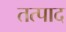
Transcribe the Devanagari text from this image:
तत्पाद